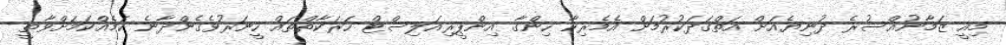
މިއީ ޒަމާނުއްސުރެ ދުނިޔެއަށް އަތްގަދަކުރުމަށް އެމެރިކާ ހިންގާ އިންޕީރިއަލިސްޓް ހަރަކާތްތައް ހީނަރުވެގެންދާނެ ކަމެއްކަމަށްވާތީ